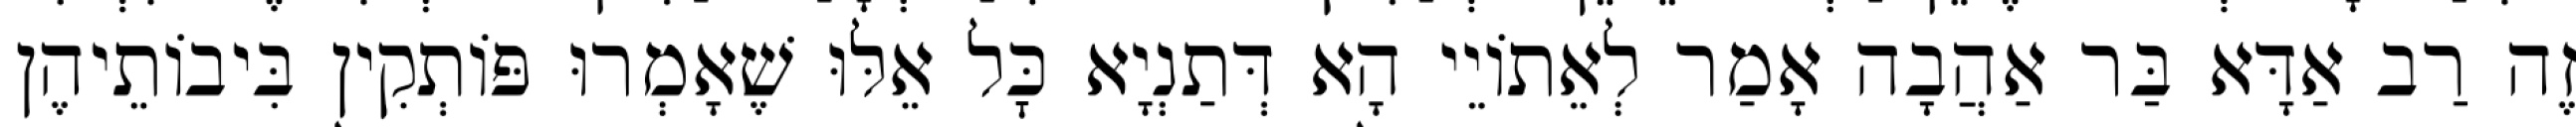
זֶה רַב אַדָּא בַּר אַהֲבָה אָמַר לְאֵתוֹיֵי הָא דְּתַנְיָא כׇּל אֵלּוּ שֶׁאָמְרוּ פּוֹתְקִין בִּיבוֹתֵיהֶן